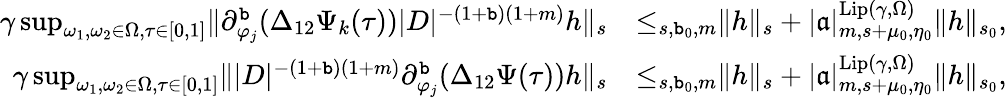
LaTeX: \begin{array}{rl}{\gamma\operatorname*{sup}_{\omega_{1},\omega_{2}\in\Omega,\tau\in[0,1]}\rVert\partial_{\varphi_{j}}^{\mathtt{b}}(\Delta_{12}\Psi_{k}(\tau))|D|^{-(1+\mathtt{b})(1+m)}h\rVert_{s}}&{\le_{s,\mathtt{b}_{0},m}\rVert h\rVert_{s}+|\mathfrak{a}|_{m,s+\mu_{0},\eta_{0}}^{\mathrm{Lip}(\gamma,\Omega)}\rVert h\rVert_{s_{0}},}\\ {\gamma\operatorname*{sup}_{\omega_{1},\omega_{2}\in\Omega,\tau\in[0,1]}\rVert|D|^{-(1+\mathtt{b})(1+m)}\partial_{\varphi_{j}}^{\mathtt{b}}(\Delta_{12}\Psi(\tau))h\rVert_{s}}&{\le_{s,\mathtt{b}_{0},m}\rVert h\rVert_{s}+|\mathfrak{a}|_{m,s+\mu_{0},\eta_{0}}^{\mathrm{Lip}(\gamma,\Omega)}\rVert h\rVert_{s_{0}},}\end{array}